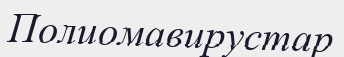
Полиомавирустар